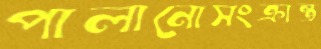
পালানোসংক্রান্ত